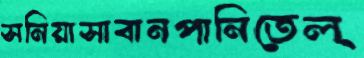
সনিয়াসাবানপানিতেল্